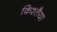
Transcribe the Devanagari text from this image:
किश्तैया